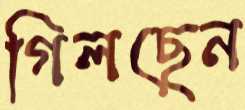
গিলছেন